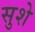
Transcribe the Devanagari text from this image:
सुशे